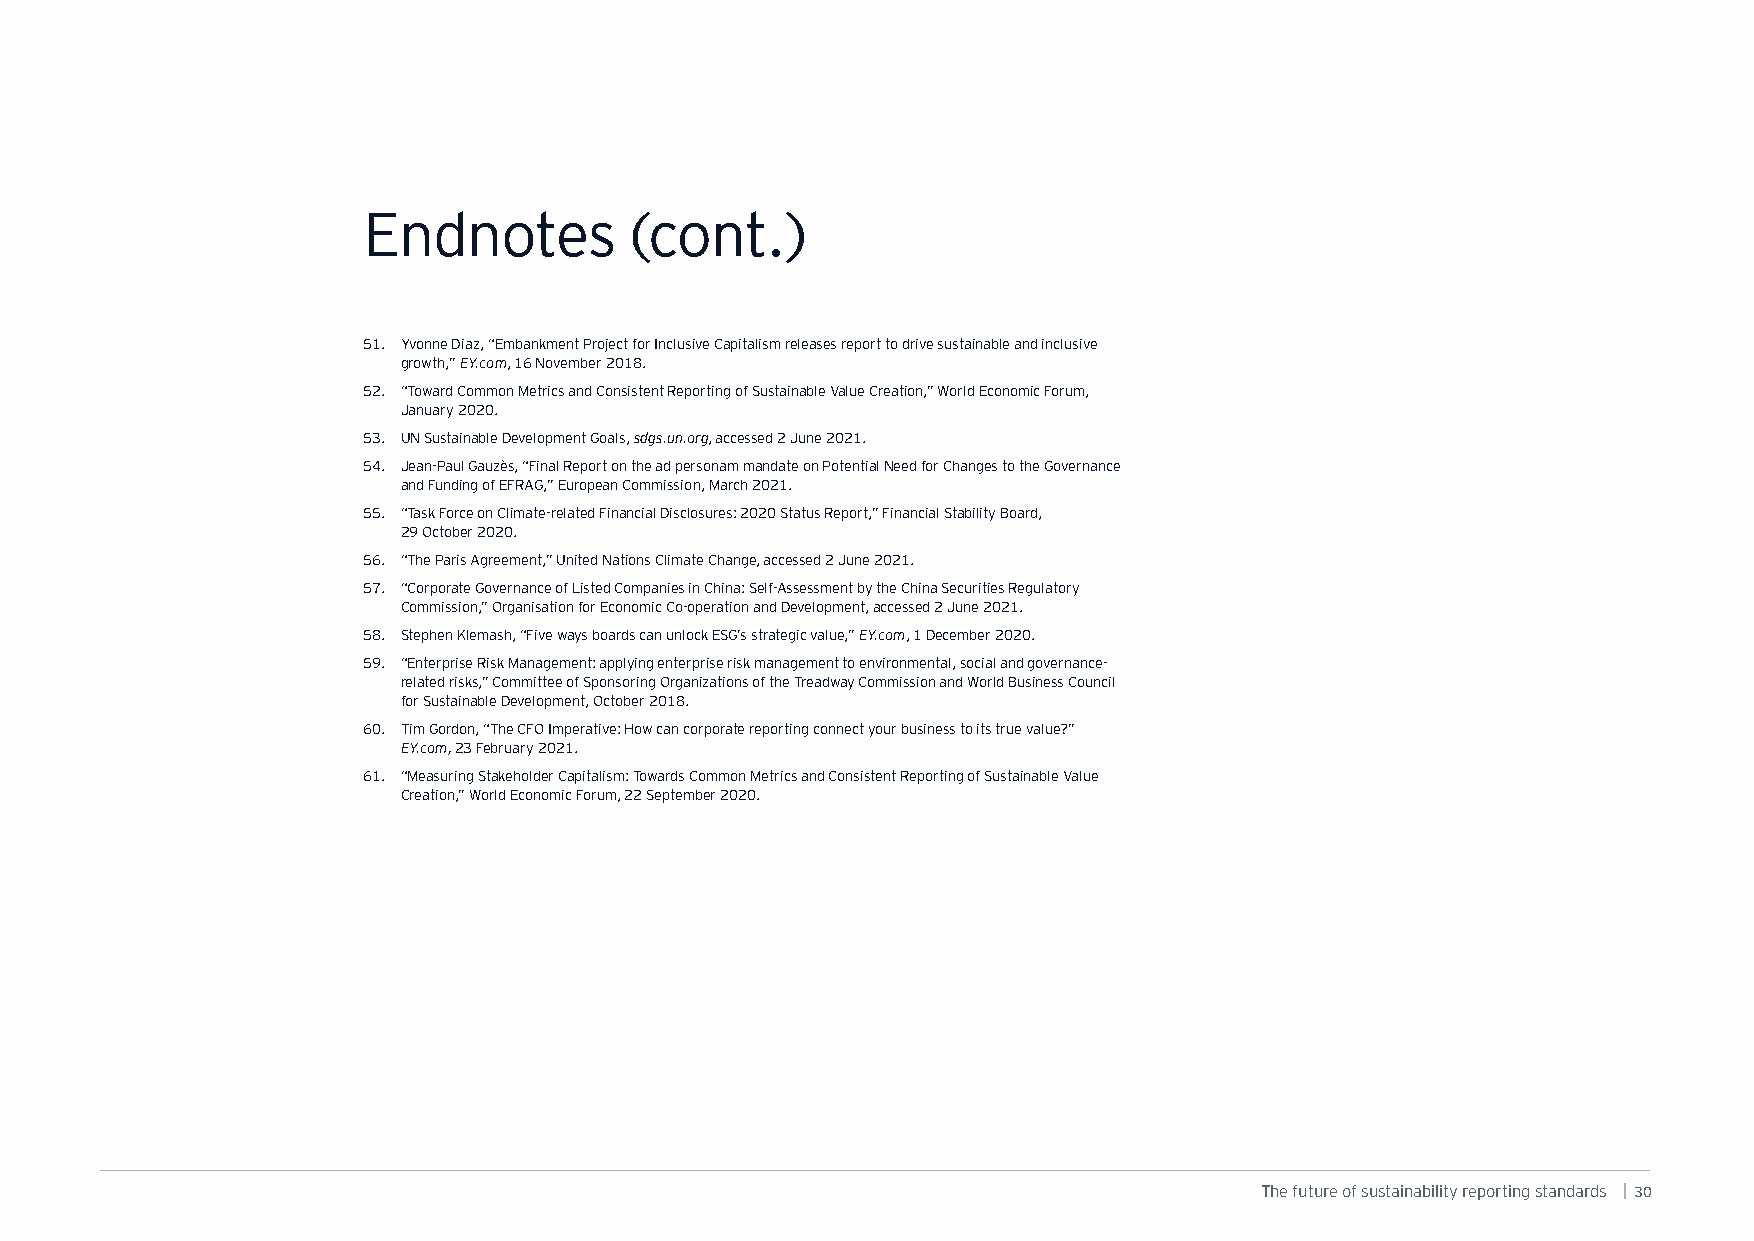
Endnotes          (cont.)
 51. Yvonne Diaz, “Embankment Project for Inclusive Capitalism releases report to drive sustainable and inclusive
 growth,” EY.com, 16 November 2018.
 52. “Toward Common Metrics and Consistent Reporting of Sustainable Value Creation,” World Economic Forum,
 January 2020.
 53. UN Sustainable Development Goals, sdgs.un.org, accessed 2 June 2021.
 54. Jean-Paul Gauzès, “Final Report on the ad personam mandate on Potential Need for Changes to the Governance
 and Funding of EFRAG,” European Commission, March 2021.
 55. “Task Force on Climate-related Financial Disclosures: 2020 Status Report,” Financial Stability Board,
 29 October 2020.
 56. “The Paris Agreement,” United Nations Climate Change, accessed 2 June 2021.
 57. “Corporate Governance of Listed Companies in China: Self-Assessment by the China Securities Regulatory
 Commission,” Organisation for Economic Co-operation and Development, accessed 2 June 2021.
 58. Stephen Klemash, “Five ways boards can unlock ESG’s strategic value,” EY.com, 1 December 2020.
 59. “Enterprise Risk Management: applying enterprise risk management to environmental, social and governance-
 related risks,” Committee of Sponsoring Organizations of the Treadway Commission and World Business Council
 for Sustainable Development, October 2018.
 60. Tim Gordon, “The CFO Imperative: How can corporate reporting connect your business to its true value?”
 EY.com, 23 February 2021.
 61. “Measuring Stakeholder Capitalism: Towards Common Metrics and Consistent Reporting of Sustainable Value
 Creation,” World Economic Forum, 22 September 2020.
 The future of sustainability reporting standards | 30